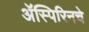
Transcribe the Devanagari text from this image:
ॲस्पिरिनचे